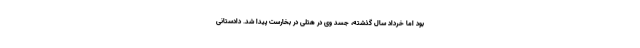
بود اما خرداد سال گذشته، جسد وی در هتلی در بخارست پیدا شد. دادستانی